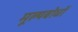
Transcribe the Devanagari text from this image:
मूल्यबोधों